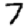
Digit: 7